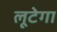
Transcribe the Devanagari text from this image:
लूटेगा